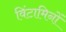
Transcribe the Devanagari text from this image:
विंटामिनों